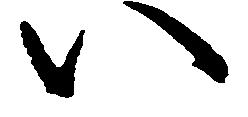
い